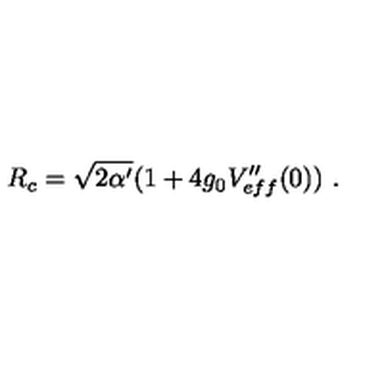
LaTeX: R _ { c } = \sqrt { 2 \alpha ^ { \prime } } ( 1 + 4 g _ { 0 } V _ { e f f } ^ { \prime \prime } ( 0 ) ) \ .